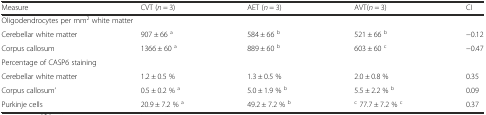
<table><thead><tr><td><b>Measure</b></td><td><b>CVT (<i>n</i> = 3)</b></td><td><b>AET (<i>n</i> = 3)</b></td><td><b>AVT(<i>n</i> = 3)</b></td><td><b>CI</b></td></tr></thead><tbody><tr><td colspan="5">Oligodendrocytes per mm<sup>2</sup> white matter</td></tr><tr><td>Cerebellar white matter</td><td>907 ± 66 <sup>a</sup></td><td>584 ± 66 <sup>b</sup></td><td>521 ± 66 <sup>b</sup></td><td>−0.12</td></tr><tr><td>Corpus callosum</td><td>1366 ± 60 <sup>a</sup></td><td>889 ± 60 <sup>b</sup></td><td>603 ± 60 <sup>c</sup></td><td>−0.47</td></tr><tr><td colspan="5">Percentage of CASP6 staining</td></tr><tr><td>Cerebellar white matter</td><td>1.2 ± 0.5 %</td><td>1.3 ± 0.5 %</td><td>2.0 ± 0.8 %</td><td>0.35</td></tr><tr><td>Corpus callosum’</td><td>0.5 ± 0.2 % <sup>a</sup></td><td>5.0 ± 1.9 % <sup>b</sup></td><td>5.5 ± 2.2 % <sup>b</sup></td><td>0.09</td></tr><tr><td>Purkinje cells</td><td>20.9 ± 7.2 % <sup>a</sup></td><td>49.2 ± 7.2 % <sup>b</sup></td><td><sup>c</sup> 77.7 ± 7.2 % <sup>c</sup></td><td>0.37</td></tr></tbody></table>